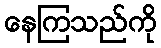
နေကြသည်ကို